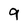
Character: 9